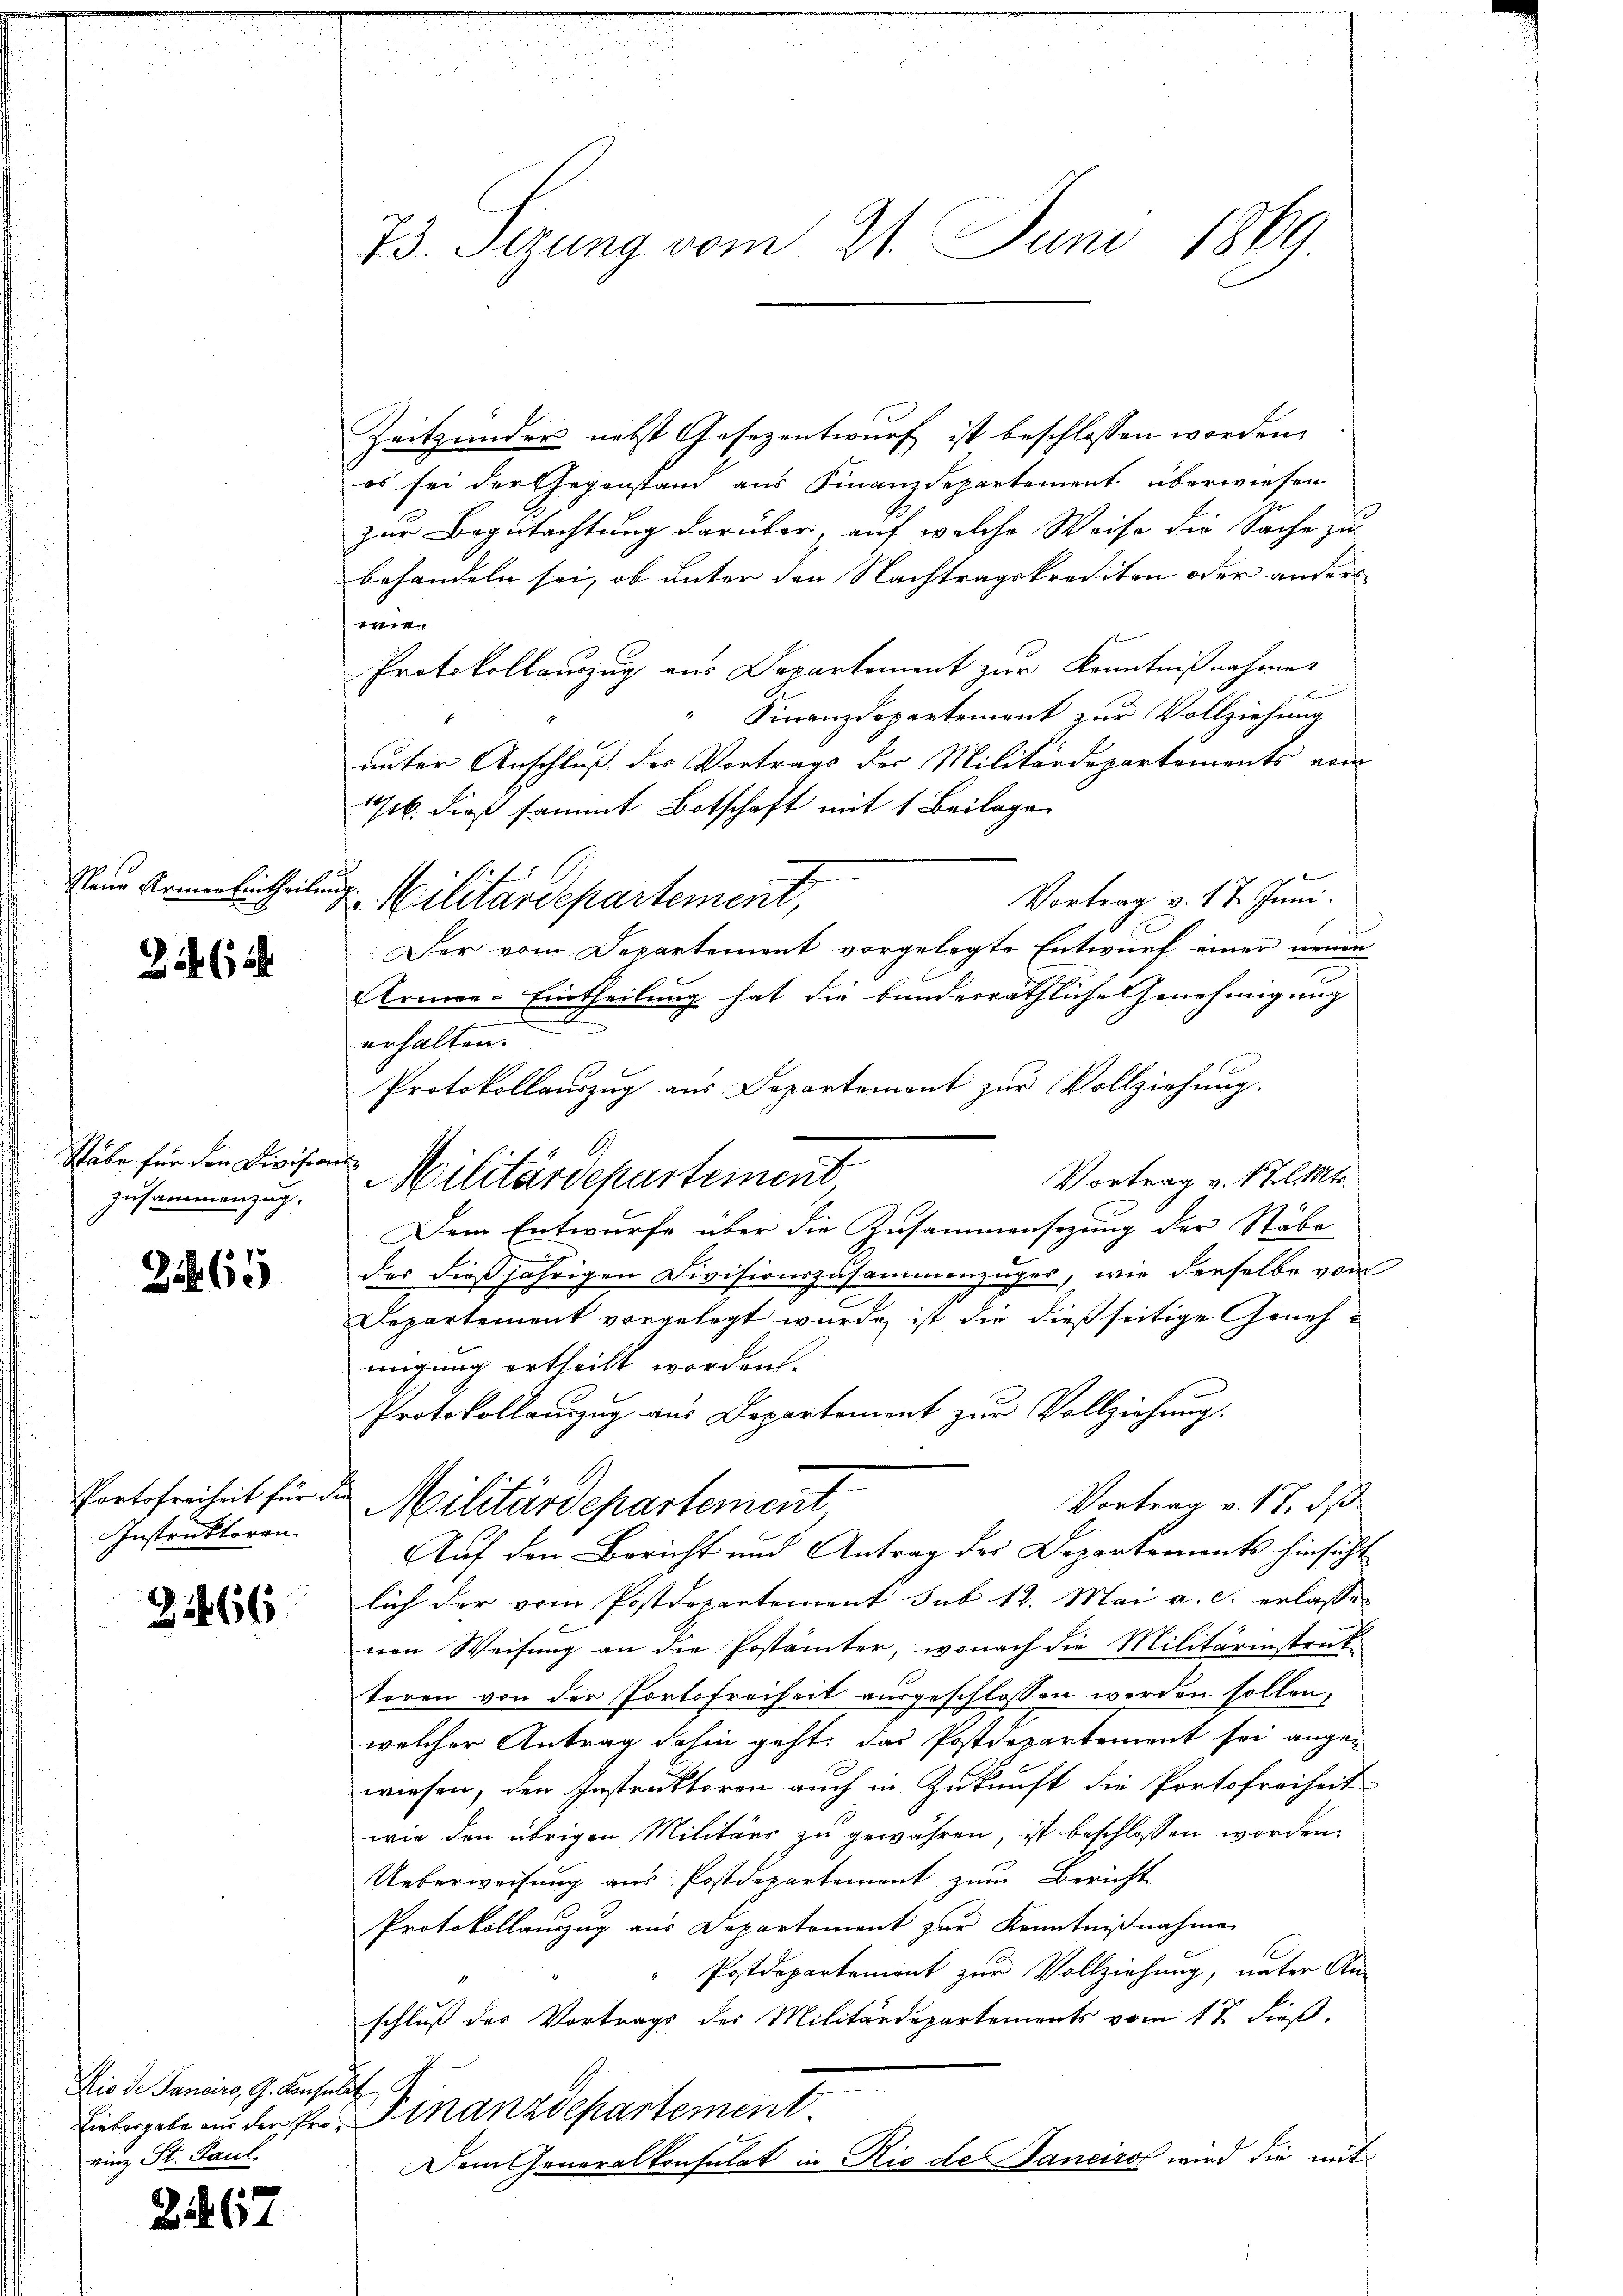
Neue Armen Eintheilung

22 (12

Stäbe für den Division
zusammenzug.

Zib 65

Instruktoren.

Z 266.

Rio de Sanciro, G. Konsulat
Liebesgabe aus der Prorinz. St. Paul

258. 67

73. Sizung vom 21. Juni 1869

Zeitzender nebst Gesezentwurf ist beschlossen worden.
es sei der Gegenstand aus Finanzdepartement überwiesen
zur Begutachtung darüber, auf welche Weise die Sache zu
behandeln sei, ob unter den Nachtragskrediton oder anders
1
Protokollauszug aus Departement zur Kenntnißnahme
" Finanzdepartement zur Vollziehung
unter Anschluß der Vortrags der Militärdepartements vom
Gb. dieß sammt Botschaft mit 1 Beilage
Vortrag v. 17. Juni.
u Militärdepartement,
Der vom Departement vorgelegte Entwurf einer neuen
Armee-Eintheilung hat die bundesräthliche Genehmigung
t
erhalten.
Protokollauszug aus Departement zur Vollziehung.
Vortrag v. 1 t l. Mts.
Dem Entwurfe über die Zusammensezung der Stäbe
der dießjährigen Divisionszusammenzuges, wie derselbe vom
Departement vorgelegt wurde, ist die dießseitige Genehmigung ertheilt worden.
Protokollauszug aus Departement zur Vollziehung.
e
Portofreiheit für der Militärdepartement
Vortrag v. 17. ds
Auf den Bericht und Antrag des Departements hinsicht
lich der vom Postdepartement sub 12. Mai a. c. erlassen
nen Weisung an die Postämter, wonach die Militärinstruk
toren von der Portofreiheit ausgeschlossen werden sollen,
welcher Antrag dahin geht, das Postdepartement sei angewiesen, den Instruktoren auch in Zukunft die Portofreiheit
wie den übrigen Militärs zu gewähren, ist beschlossen worden.
Ueberweisung aus Postdepartement zum Bericht
Protokollauszug aus Departement zur Kenntnißnahme
Postdepartement zur Vollziehung, unter An-
schluß des Vortrags des Militärdepartements vom 17. dieß.
Finanzdepartement
Dem Generalkonsulat in Rio de Janeiro wird die mit

Militärdepartement